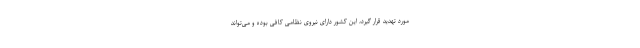
مورد تهدید قرار گیرد، این کشور دارای نیروی نظامی کافی بوده و می‌تواند